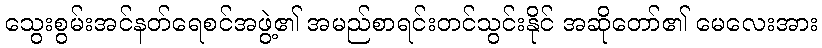
သွေးစွမ်းအင်နတ်ရေစင်အဖွဲ့၏ အမည်စာရင်းတင်သွင်းနိုင် အဆိုတော်၏ မေလေးအား